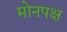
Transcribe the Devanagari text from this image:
मोनपक्ष